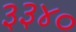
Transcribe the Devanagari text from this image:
३३४०